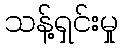
သန့်ရှင်းမှု